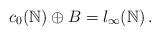
LaTeX: \begin{align*}c_0(\mathbb{N}) \oplus B = l_\infty(\mathbb{N}) \, .\end{align*}